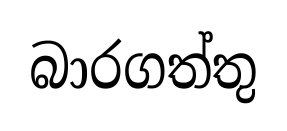
බාරගත්තු